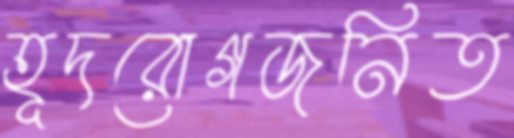
হূদরোগজনিত